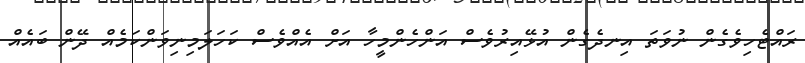
ރައްޓެހިވެގެން ނުވަތަ އިނދެގެން އުޅޭއިރުވެސް އަންހެންމީހާ އަށް އެއްވެސް ކަހަލަމިނިވަންކަމެއް ދޭން ބައެއް